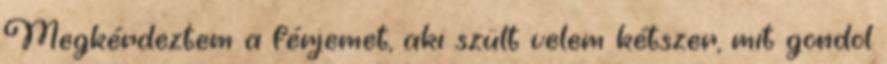
Megkérdeztem a férjemet, aki szült velem kétszer, mit gondol